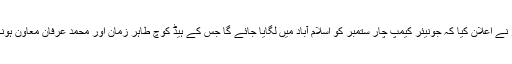
صدر نے اعلان کیا کہ جونیئر کیمپ چار ستمبر کو اسلام آباد میں لگایا جائے گا جس کے ہیڈ کوچ طاہر زمان اور محمد عرفان معاون ہونگے ۔